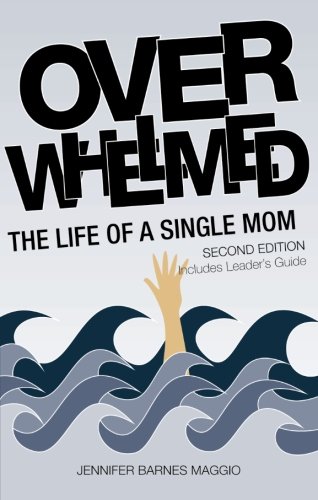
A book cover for Overwhelmed - Second Edition; Jennifer Barnes Maggio; Parenting & Relationships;